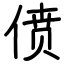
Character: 偾